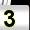
Digit: 3